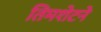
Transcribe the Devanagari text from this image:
तिमशेटने